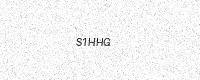
Text: S1HHG